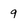
Character: 9